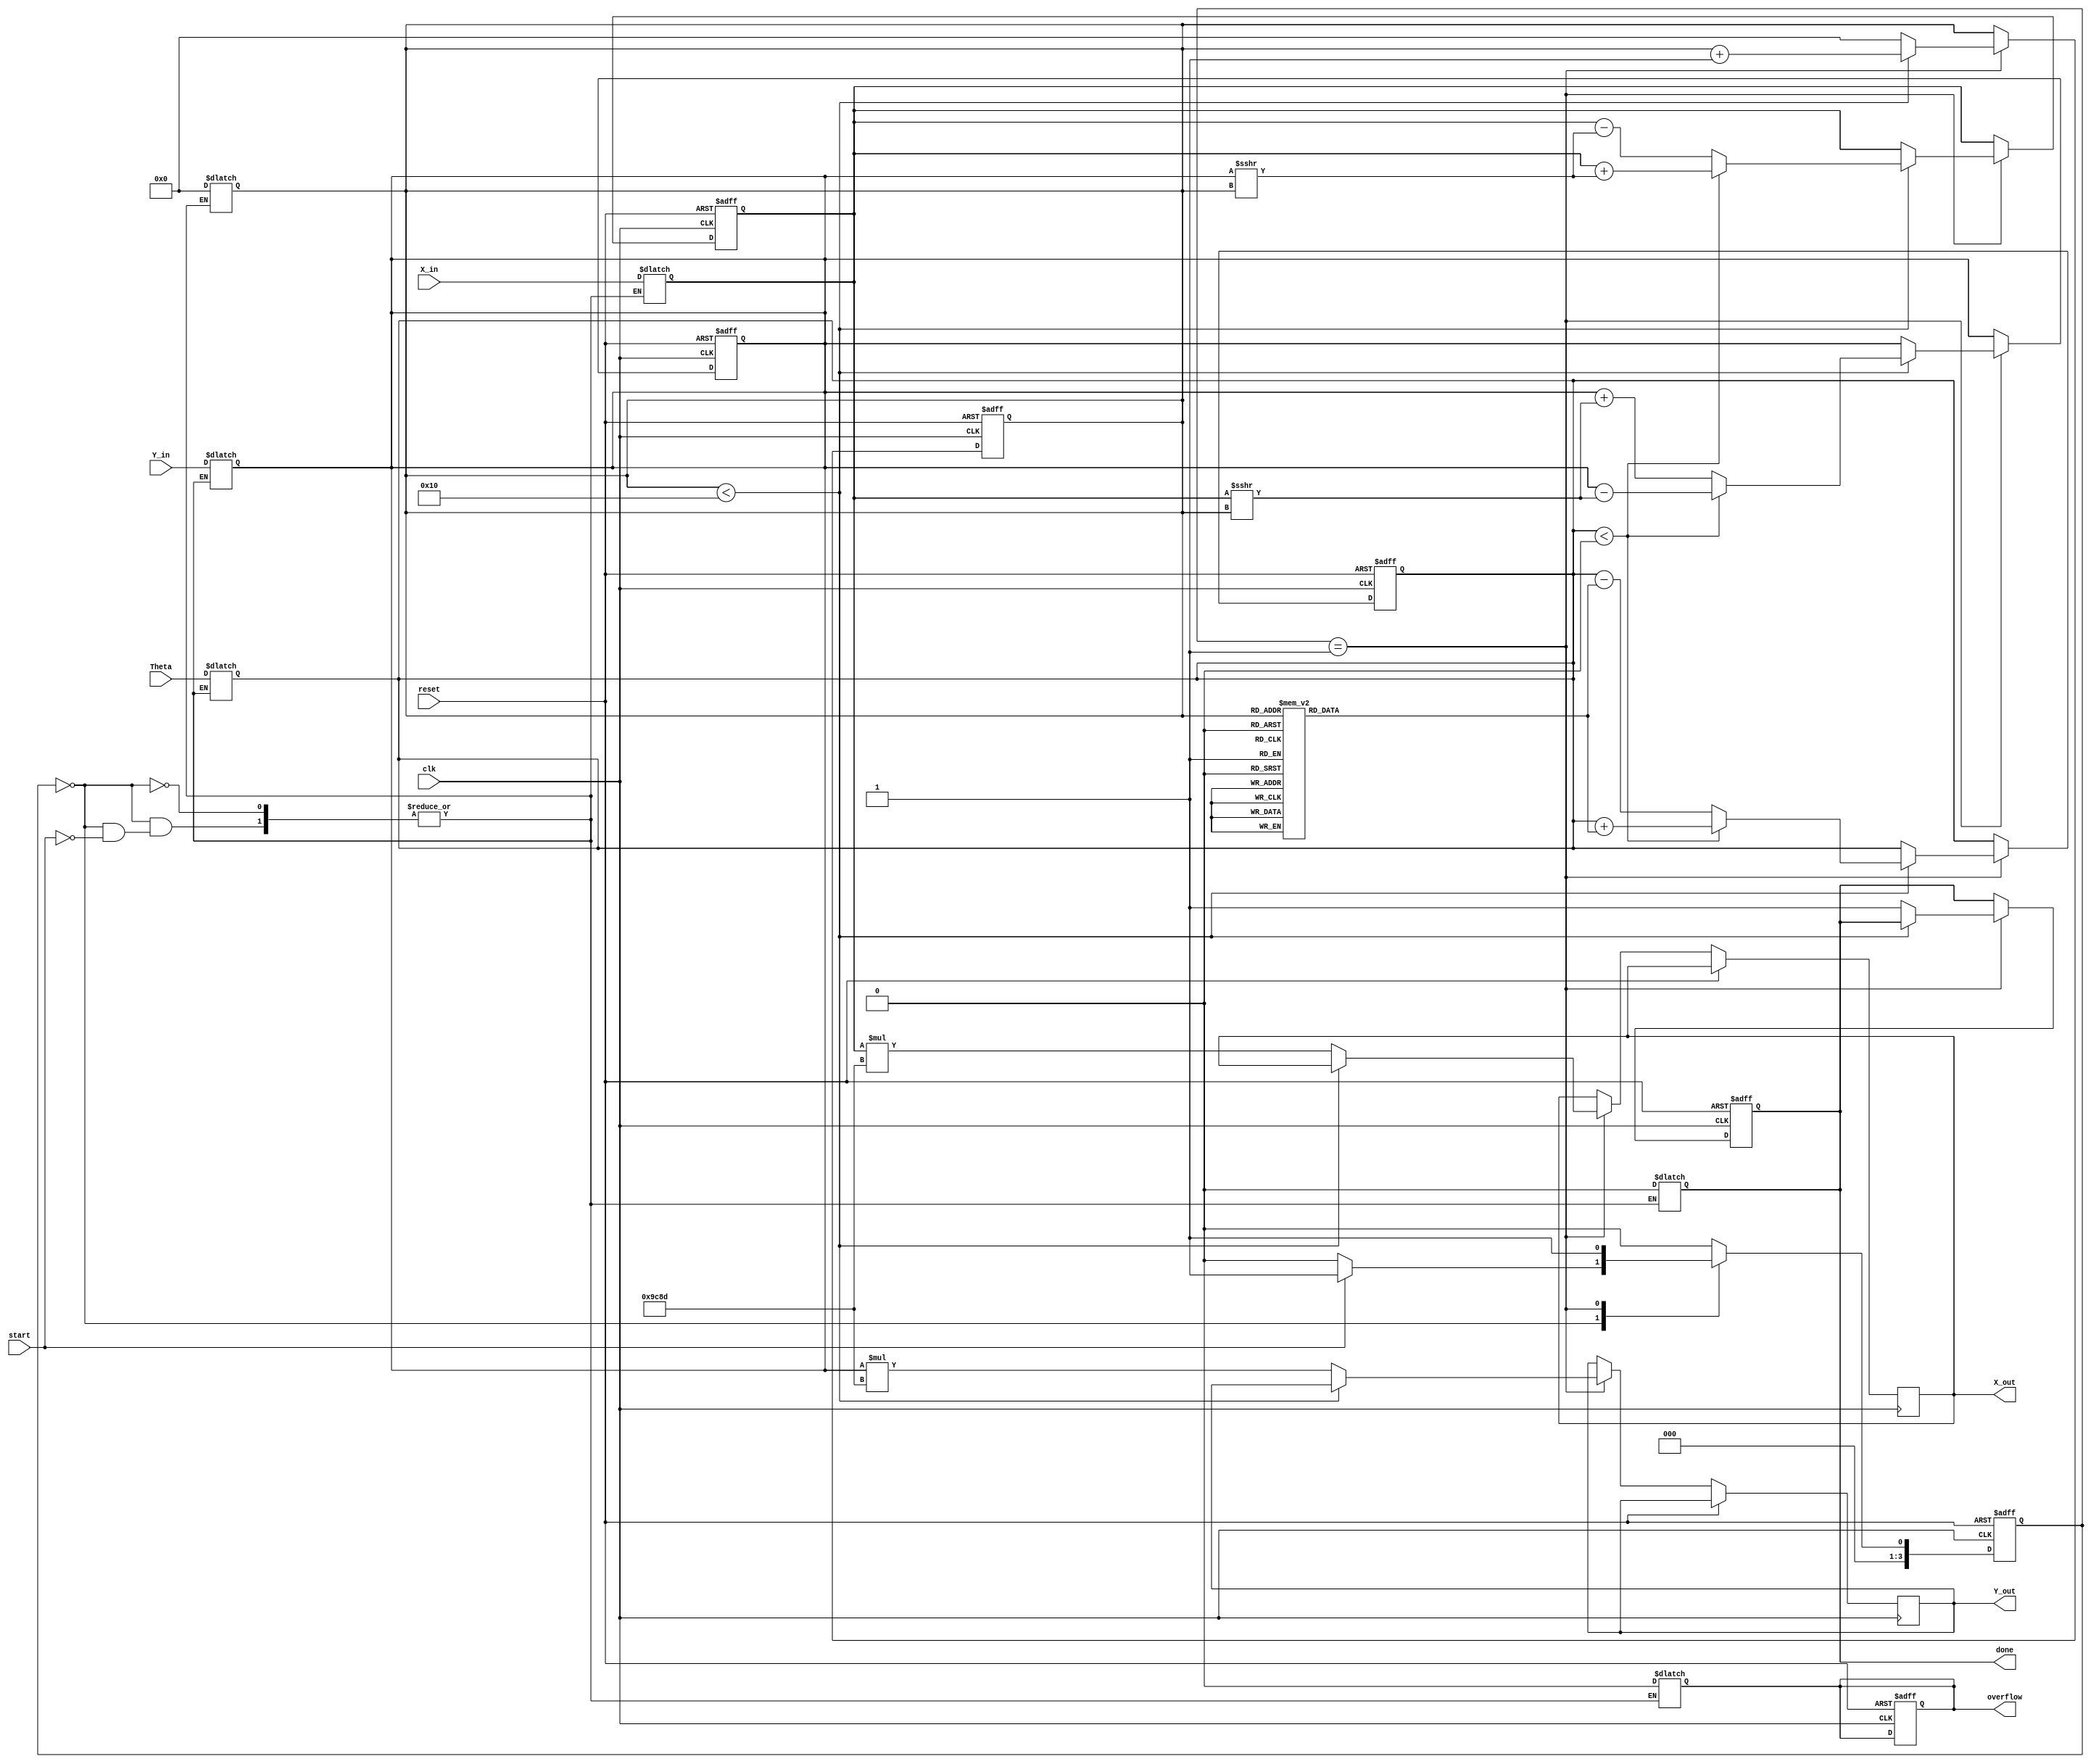
module cordic_fixed_point #(
    parameter N = 16,             // Number of iterations
    parameter Q_M = 16,           // Total bits
    parameter Q_N = 15            // Fractional bits
)(
    input wire clk,
    input wire reset,
    input wire start,
    input wire signed [Q_M-1:0] X_in,   // Input X
    input wire signed [Q_M-1:0] Y_in,   // Input Y
    input wire signed [Q_M-1:0] Theta,   // Input angle
    output reg signed [Q_M-1:0] X_out,   // Output X
    output reg signed [Q_M-1:0] Y_out,   // Output Y
    output reg done,                     // Completion flag
    output reg overflow                  // Overflow flag
);

    // CORDIC constants
    reg signed [Q_M-1:0] atan_table [0:N-1];
    reg signed [Q_M-1:0] K;               // Scaling factor
    
    // Control signals
    reg [3:0] state, next_state;
    reg [3:0] iteration;
    
    // Internal registers
    reg signed [Q_M-1:0] X_reg, Y_reg;
    reg signed [Q_M-1:0] theta_reg;

    // Initialize arctangent values and scaling factor
    initial begin
        atan_table[0] = 16'h2000;  // atan(2^0) in Q15 format
        atan_table[1] = 16'h1000;  // atan(2^-1) in Q15 format
        atan_table[2] = 16'h0800;  // atan(2^-2) in Q15 format
        // Continue filling up the table...
        // K = 0.6072529350088812561694 (approx 0.607 in Q15 format)
        K = 16'h9C8D; // Q15 approximation of K for N=16
    end

    // State Machine
    always @(posedge clk or posedge reset) begin
        if (reset) begin
            state <= 0;
            iteration <= 0;
            X_reg <= 0;
            Y_reg <= 0;
            theta_reg <= 0;
            done <= 0;
            overflow <= 0;
        end else begin
            state <= next_state;
            if (state == 1) begin // Processing state
                if (iteration < N) begin
                    // CORDIC rotation logic
                    if (theta_reg < 0) begin
                        // Rotate clockwise
                        X_reg <= X_reg + (Y_reg >>> iteration);
                        Y_reg <= Y_reg - (X_reg >>> iteration);
                        theta_reg <= theta_reg + atan_table[iteration];
                    end else begin
                        // Rotate counter-clockwise
                        X_reg <= X_reg - (Y_reg >>> iteration);
                        Y_reg <= Y_reg + (X_reg >>> iteration);
                        theta_reg <= theta_reg - atan_table[iteration];
                    end
                    iteration <= iteration + 1;
                end else begin
                    // Finish processing
                    X_out <= X_reg * K; // Apply scaling factor
                    Y_out <= Y_reg * K; // Apply scaling factor
                    done <= 1;
                    iteration <= 0; // Reset iteration for next computation
                end
            end
        end
    end

    // Next state logic
    always @(*) begin
        case (state)
            0: begin // Idle state
                if (start) begin
                    next_state = 1; // Move to processing state
                    X_reg = X_in;
                    Y_reg = Y_in;
                    theta_reg = Theta;
                    done = 0;
                    overflow = 0;
                    iteration = 0;
                end else begin
                    next_state = 0; // Remain in idle
                end
            end
            1: begin // Processing state
                next_state = 1; // Remain in processing
            end
            default: next_state = 0;
        endcase
    end

endmodule